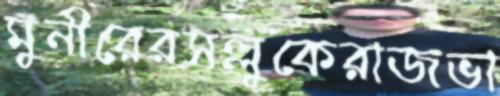
মুনীরেরসল্লুকেরাজভা